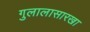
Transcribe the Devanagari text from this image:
गुलालासारखा